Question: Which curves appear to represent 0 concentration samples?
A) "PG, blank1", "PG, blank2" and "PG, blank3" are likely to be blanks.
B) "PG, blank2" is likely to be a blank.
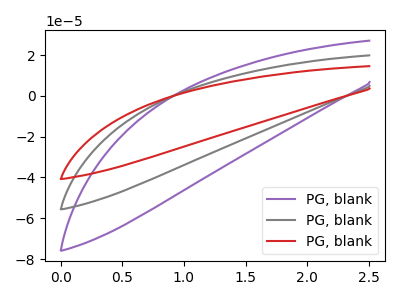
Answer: <think>The purple curve "PG, blank1" has no peaks. The gray curve "PG, blank2" has no peaks. The red curve "PG, blank3" has no peaks.</think>
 <answer>A) "PG, blank1", "PG, blank2" and "PG, blank3" are likely to be blanks.</answer>
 <eval>A</eval>